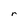
Character: r